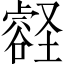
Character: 𫫽